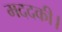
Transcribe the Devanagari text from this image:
मददकी।